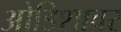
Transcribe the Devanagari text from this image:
ओडिशावर